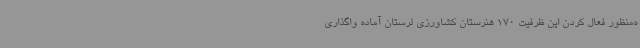
ه‌منظور فعال کردن این ظرفیت 170 هنرستان کشاورزی لرستان آماده واگذاری